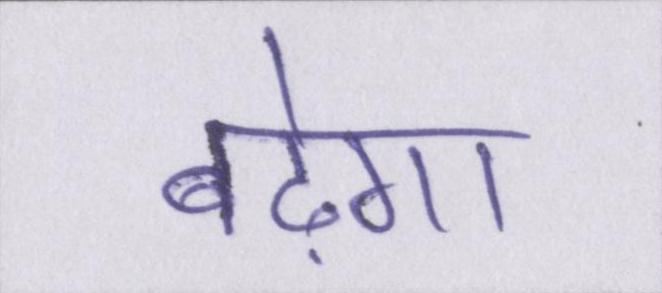
बढ़ेगा